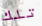
تلك